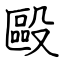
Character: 毆